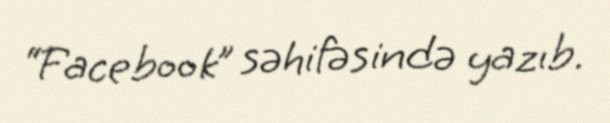
“Facebook” səhifəsində yazıb.